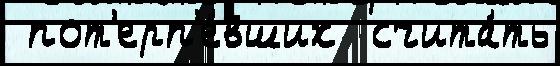
 пот'ерп'е́вших  счита́ть